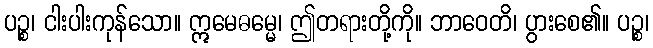
ပဉ္စ၊ ငါးပါးကုန်သော။ ဣမေဓမ္မေ၊ ဤတရားတို့ကို။ ဘာဝေတိ၊ ပွားစေ၏။ ပဉ္စ၊